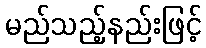
မည်သည့်နည်းဖြင့်